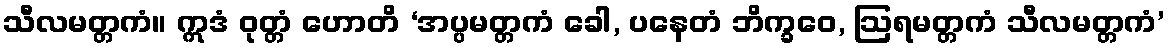
သီလမတ္တကံ။ ဣဒံ ဝုတ္တံ ဟောတိ ‘အပ္ပမတ္တကံ ခေါ, ပနေတံ ဘိက္ခဝေ, ဩရမတ္တကံ သီလမတ္တကံ’